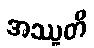
အဿူတိ